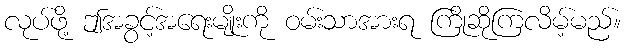
လုပ်ဖို့ ဤအခွင့်အရေးမျိုးကို ဝမ်းသာအားရ ကြိုဆိုကြလိမ့်မည်။